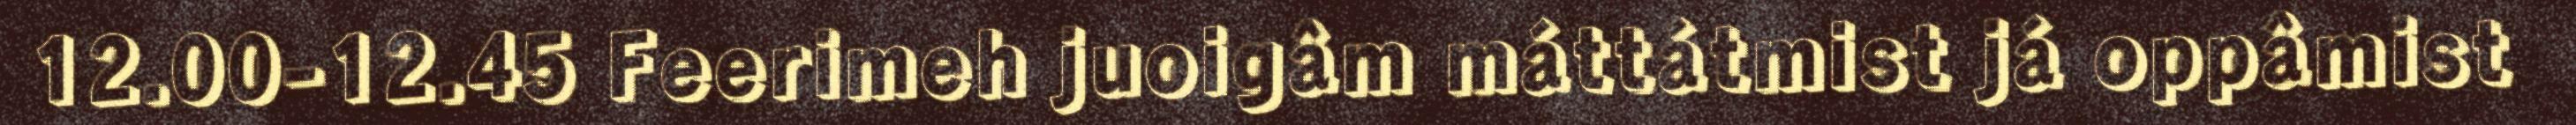
12.00-12.45 Feerimeh juoigâm máttátmist já oppâmist